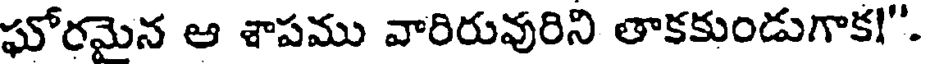
ఘోరమైన ఆ శాపము వారిరువురిని తాకకుండుగాక!".